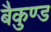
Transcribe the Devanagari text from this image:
बैकुण्ड